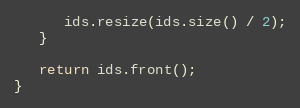
Language: C++
      ids.resize(ids.size() / 2);
   }

   return ids.front();
}